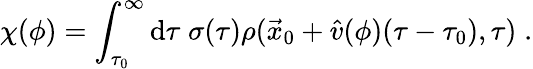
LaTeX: \chi(\phi)=\int_{\tau_{0}}^{\infty}\mathrm{d}\tau\; \sigma(\tau)\rho(\vec{{x}}_{0}+\hat{{v}}(\phi)(\tau-\tau_{0}),\tau)\; .